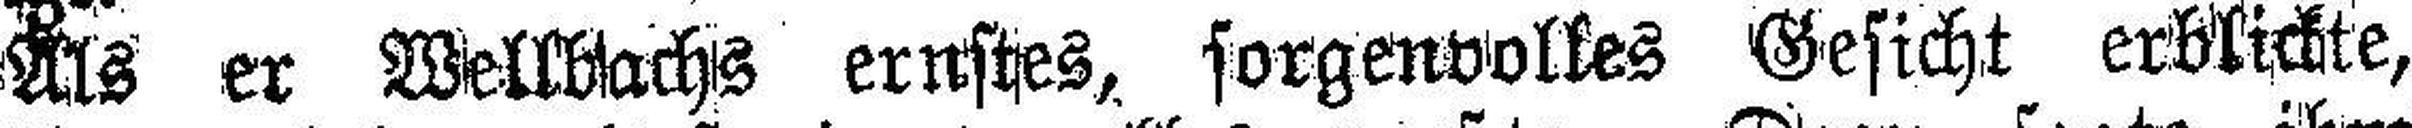
Als er Wellbachs ernstes, sorgenvolles Gesicht erblickte,